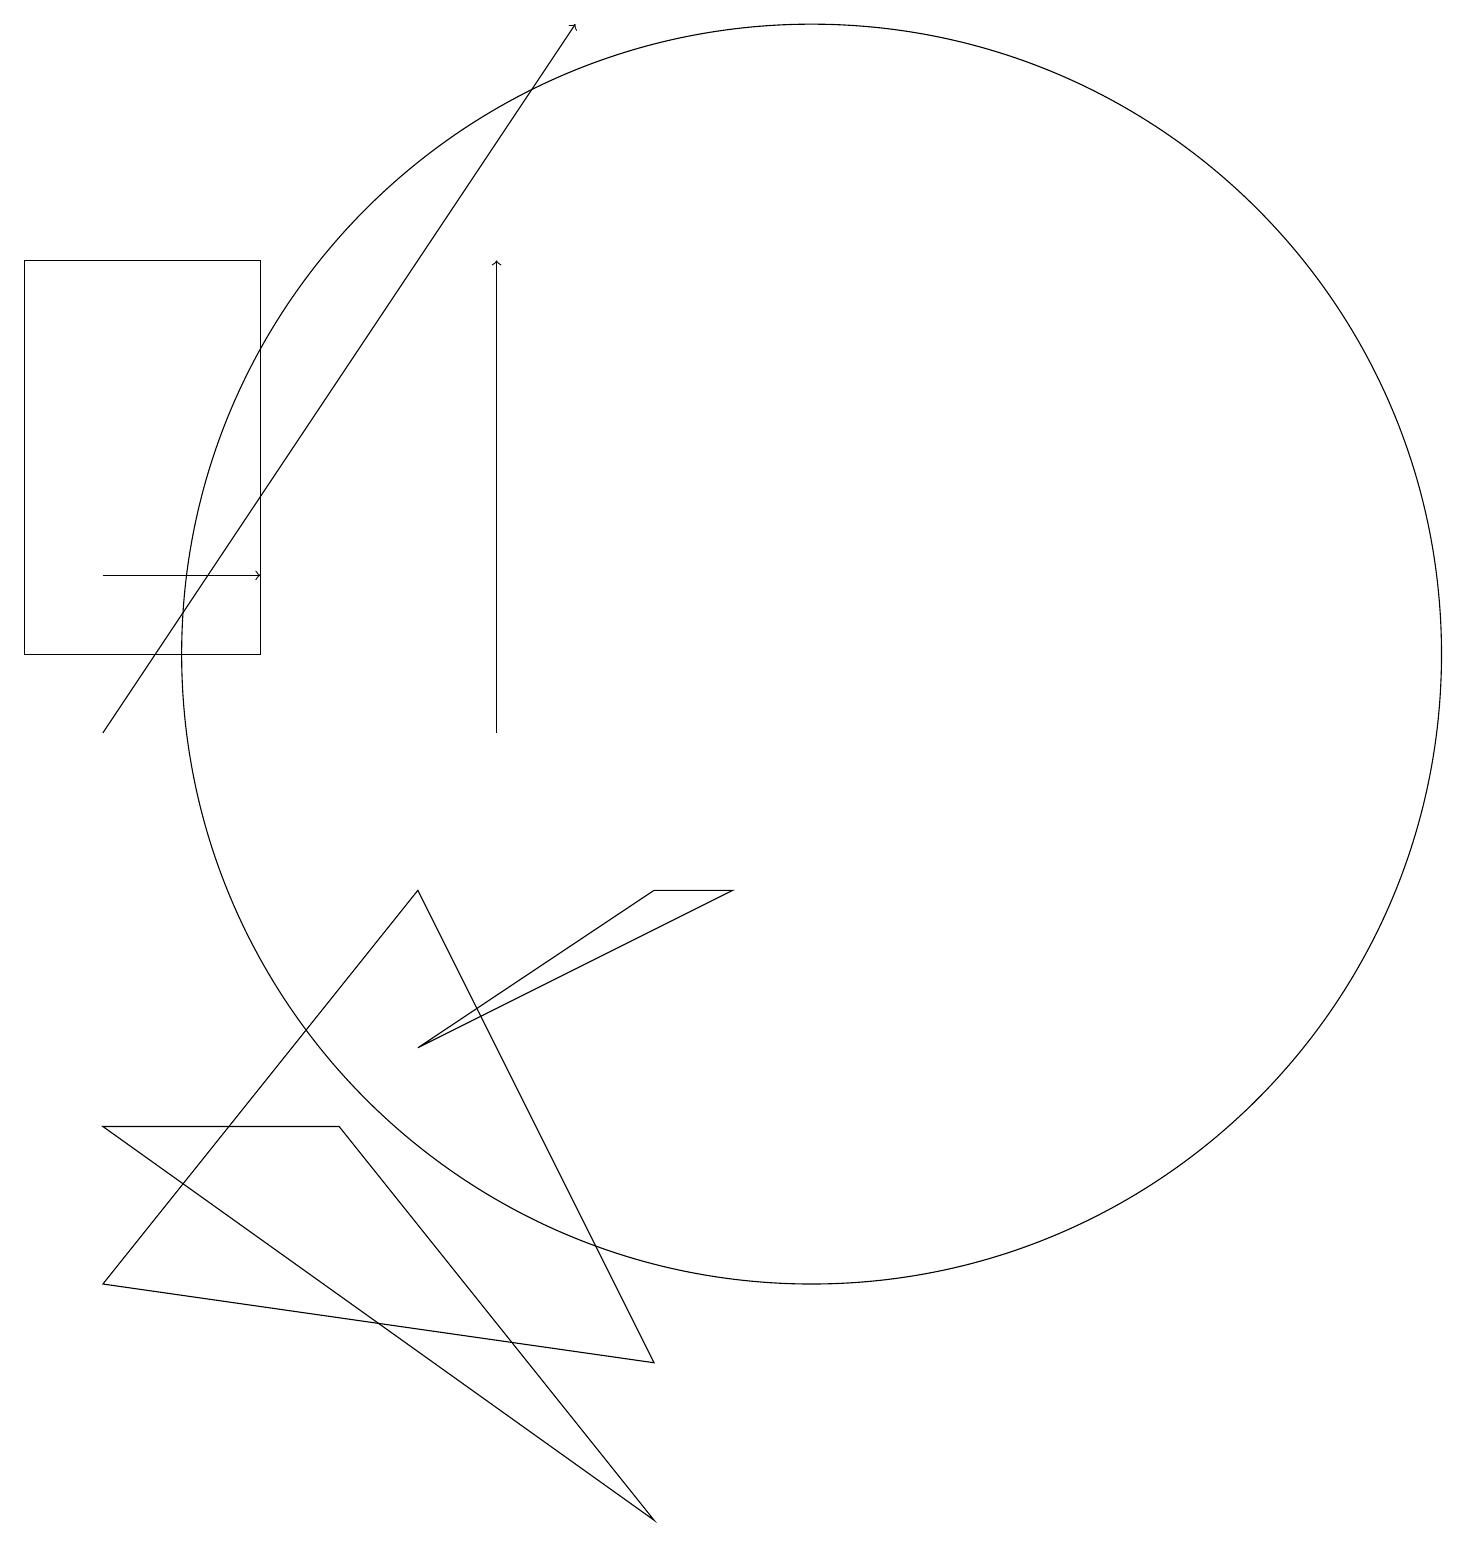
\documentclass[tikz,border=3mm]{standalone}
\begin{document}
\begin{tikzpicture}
\draw[->] (1,12) -- (3,12);
\draw (5,8) -- (8,2) -- (1,3) -- cycle;
\draw[->] (6,10) -- (6,16);
\draw (8,0) -- (1,5) -- (4,5) -- cycle;
\draw (5,6) -- (8,8) -- (9,8) -- cycle;
\draw[->] (1,10) -- (7,19);
\draw (10,11) circle (8);
\draw (0,11) rectangle (3,16);
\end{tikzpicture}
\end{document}